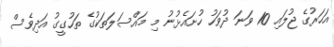
އަހަރުގެ ޖުލައި 10 ވަނަ ދުވަހު ހުށައެޅުނު މި މައްސަލަތަކުގެ ތަހުގީގު އަދިވެސް